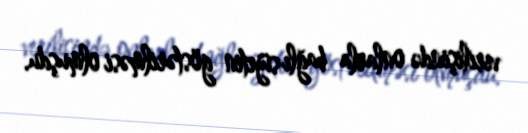
verilişində onlarla bağlı süjetin göstərilməsi olmuşdu.